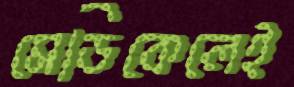
মেডিকেলেই